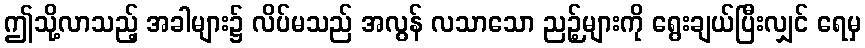
ဤသို့လာသည့် အခါများ၌ လိပ်မသည် အလွန် လသာသော ညဉ့်များကို ရွေးချယ်ပြီးလျှင် ရေမှ